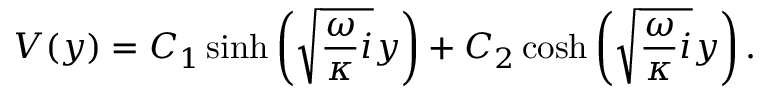
V ( y ) = C _ { 1 } \sinh \left( \sqrt { \frac { \omega } { \kappa } i } y \right) + C _ { 2 } \cosh \left( \sqrt { \frac { \omega } { \kappa } i } y \right) .